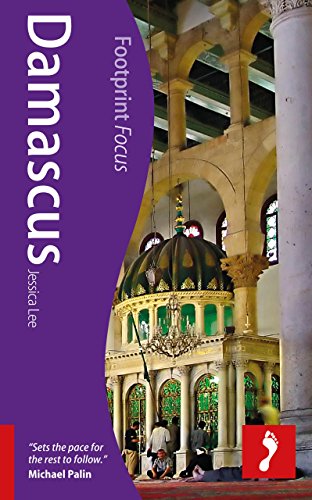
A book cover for Damascus (Footprint Focus); Jessica Lee; Travel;